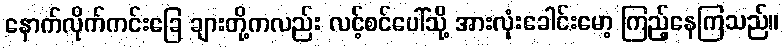
နောက်လိုက်ကင်းခြေ ချားတို့ကလည်း လင့်စင်ပေါ်သို့ အားလုံးခေါင်းမော့ ကြည့်နေကြသည်။